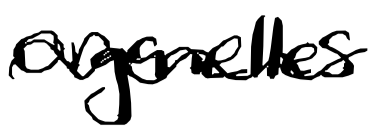
Text: organelles
Cross-out: mix
Writing tool: digital_black